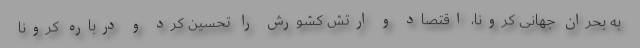
به بحران جهانی کرونا، اقتصاد و ارتش کشورش را تحسین کرد و درباره کرونا